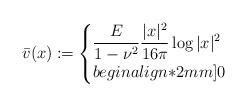
LaTeX: \begin{align*}\bar v(x)\coloneqq\begin{cases}\displaystyle \frac{E}{1-\nu^2}\frac{|x|^2}{16\pi}\log|x|^2 & \\begin{align*}2mm]0 & \end{cases}\end{align*}